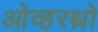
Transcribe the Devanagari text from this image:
ओव्हरथ्रो